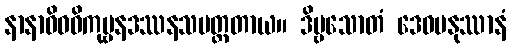
နာနာဝိဓဝိကုဗ္ဗနဒဿနသမတ္ထတာယ။ ဒိဗ္ဗသောတံ ဒေဝမနုဿာနံ